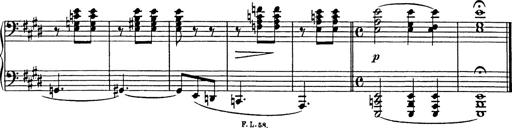
Title: Consolations
Composer: Franz Liszt